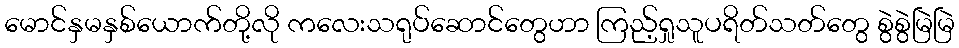
မောင်နှမနှစ်ယောက်တို့လို ကလေးသရုပ်ဆောင်တွေဟာ ကြည့်ရှုသူပရိတ်သတ်တွေ စွဲစွဲမြဲမြဲ